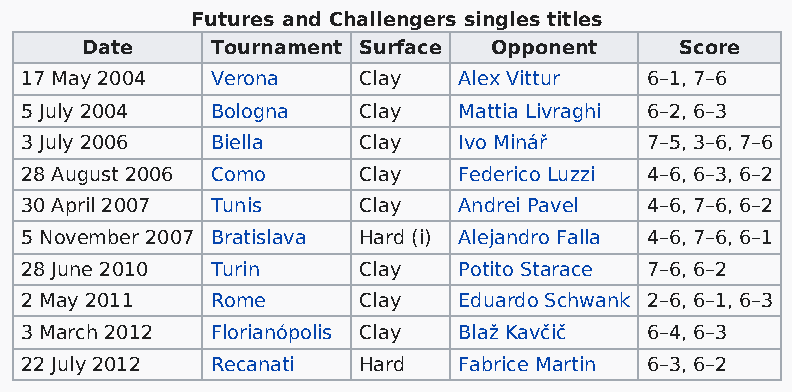
Futures and Challengers singles titles
 Date     Tournament Surface Opponent    Score
 17 May 2004  Verona    Clay  Alex Vittur  6–1, 7–6
 5 July 2004  Bologna   Clay  Mattia Livraghi 6–2, 6–3
 3 July 2006  Biella    Clay  Ivo Minář    7–5, 3–6, 7–6
 28 August 2006 Como    Clay  Federico Luzzi 4–6, 6–3, 6–2
 30 April 2007 Tunis    Clay  Andrei Pavel 4–6, 7–6, 6–2
 5 November 2007 Bratislava Hard (i) Alejandro Falla 4–6, 7–6, 6–1
 28 June 2010 Turin     Clay  Potito Starace 7–6, 6–2
 2 May 2011   Rome      Clay  Eduardo Schwank 2–6, 6–1, 6–3
 3 March 2012 Florianópolis Clay Blaž Kavčič 6–4, 6–3
 22 July 2012 Recanati  Hard  Fabrice Martin 6–3, 6–2